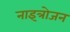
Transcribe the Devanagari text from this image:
नाइत्रोजन